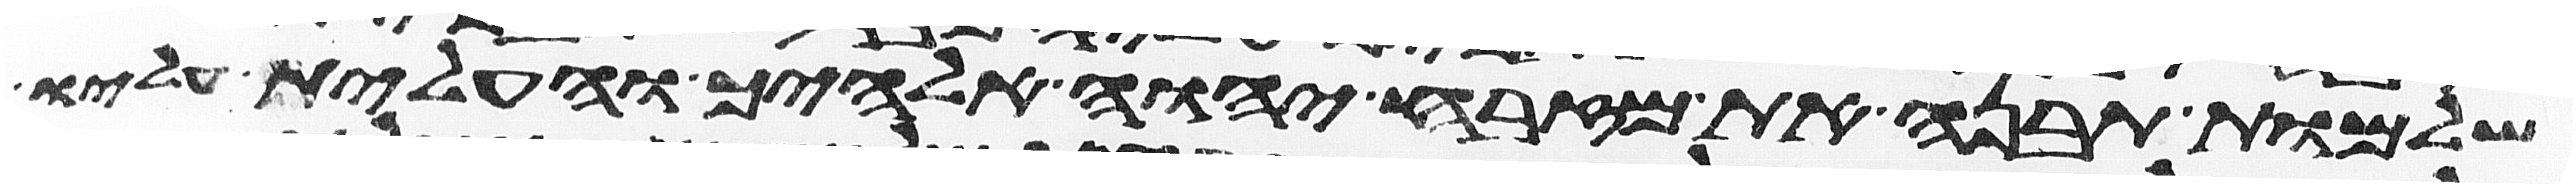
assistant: שלמות תבנה את מזבח יהוה אלהיך והעלית עליו